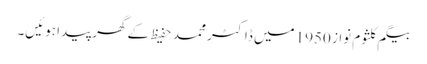
بیگم کلثوم نواز 1950 میں ڈاکٹر محمد حفیظ کے گھر پیدا ہوئیں۔